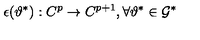
\epsilon ( \vartheta ^ { * } ) : C ^ { p } \rightarrow C ^ { p + 1 } , \forall \vartheta ^ { * } \in { \cal G } ^ { * }